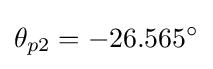
\theta _{p2}=-26.565^{\circ }